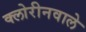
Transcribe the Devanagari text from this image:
क्लोरीनवाले